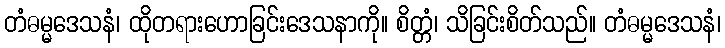
တံဓမ္မဒေသနံ၊ ထိုတရားဟောခြင်းဒေသနာကို။ စိတ္တံ၊ သိခြင်းစိတ်သည်။ တံဓမ္မဒေသနံ၊